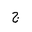
Letter: _gim